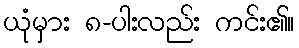
ယုံမှား ၈-ပါးလည်း ကင်း၏။